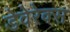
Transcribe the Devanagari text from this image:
डेवेरेक्स